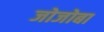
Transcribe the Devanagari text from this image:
जोजोबा